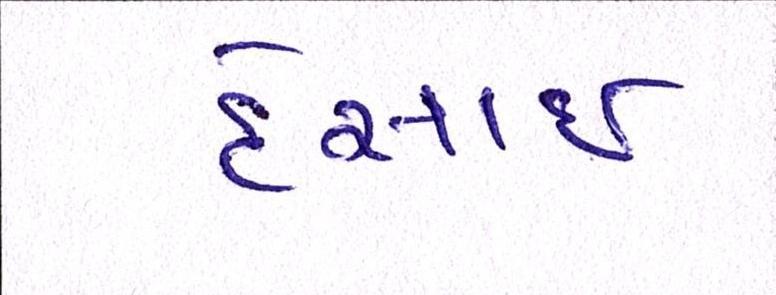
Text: દેસાઇ